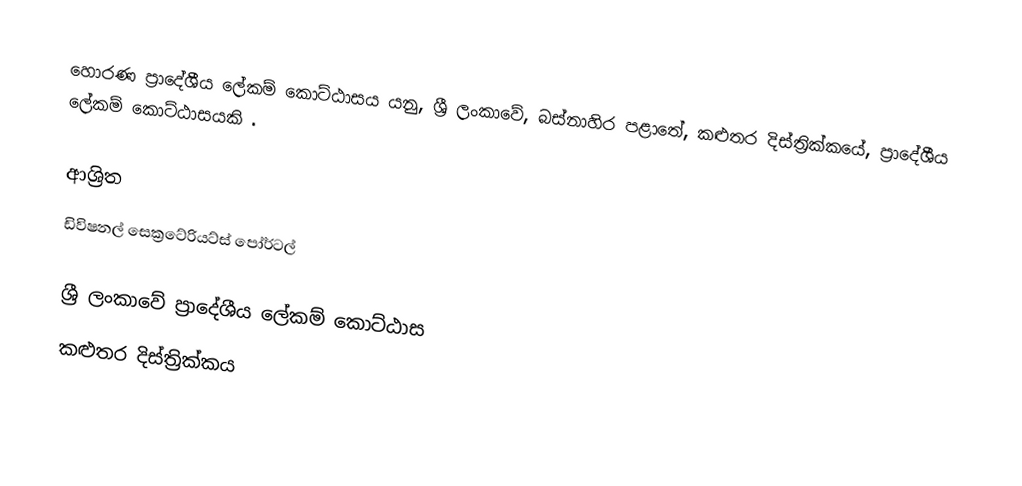
හොරණ ප්‍රාදේශීය ලේකම් කොට්ඨාසය යනු,  ශ්‍රී ලංකාවේ, බස්නාහිර පළාතේ,   කළුතර දිස්ත්‍රික්කයේ, ප්‍රාදේශීය ලේකම් කොට්ඨාසයකි .

ආශ්‍රිත
 ඩිවිෂනල් සෙක්‍රටේරියට්ස් පෝර්ටල්

ශ්‍රී ලංකාවේ ප්‍රාදේශීය ලේකම් කොට්ඨාස
කළුතර දිස්ත්‍රික්කය